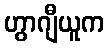
ဟွာဂျီယူက